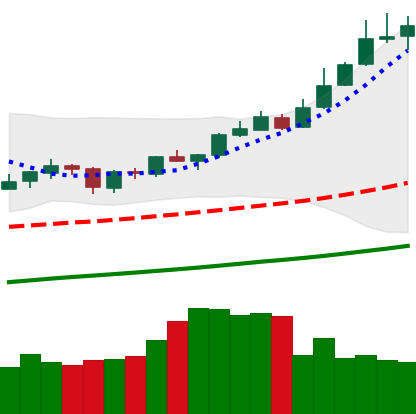
Ticker: XMR-USD
Chart end date: 2019-06-24
Forward return: -14.865%
Label: down_7plus